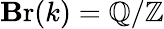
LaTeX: \operatorname{\mathbf{B}r}(k)=\mathbb{{Q}}/\mathbb{{Z}}